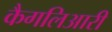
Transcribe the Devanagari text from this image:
कैगलिआरी